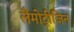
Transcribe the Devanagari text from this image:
लैमोट्रीजिन